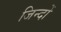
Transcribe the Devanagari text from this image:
जिन्दों